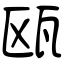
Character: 瓯